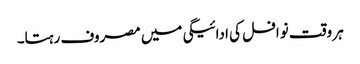
ہر وقت نوافل کی ادائیگی میں مصروف رہتا۔